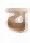
ব